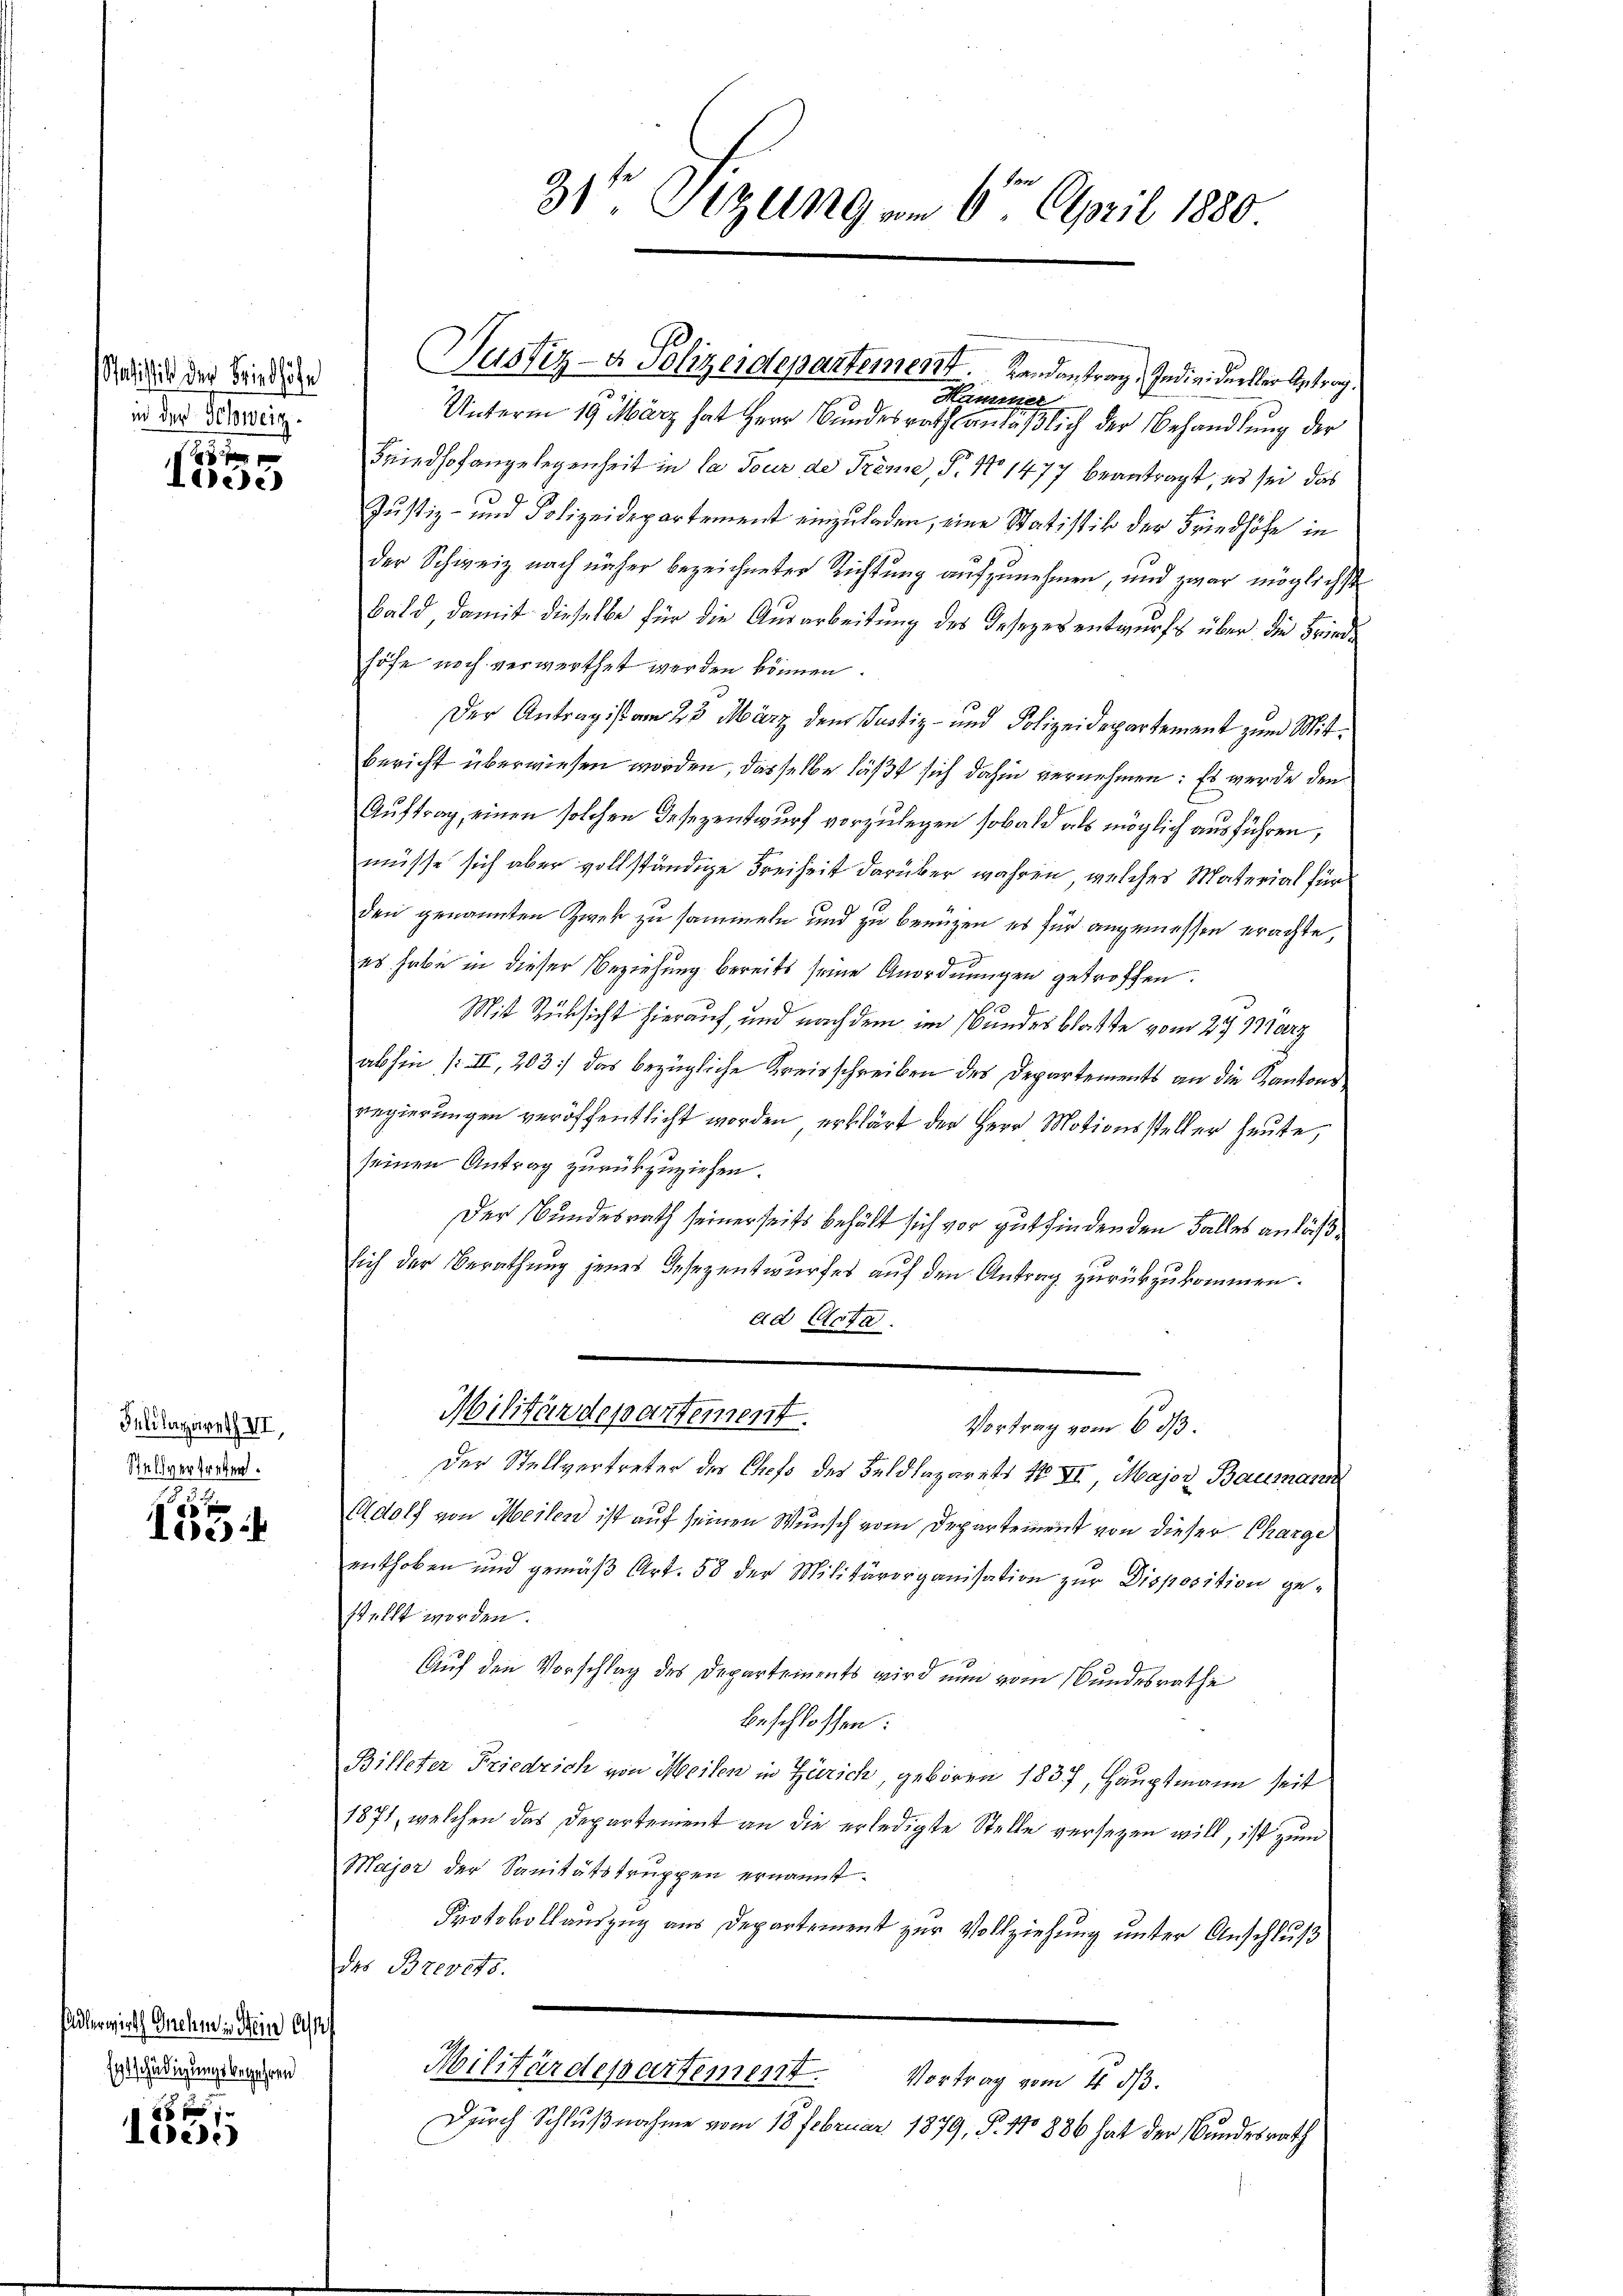
oistik der Friedhöfe
in der Schweiz.

Idee

Felilazareth III.
Stellvertreten.

de
lock

Adlerwirth Gnehmen sein Ass
Entschädigungsbegehren

16 xx
loes.)

Hammer
Unterm 19. März hat Herr Bundesrath anläßlich der Behandlung der
Friedhofangelegenheit in la Tour de Frömie, S. 11477 beantragt, es sei das
Justiz- und Polizeidepartement einzuladen, eine Statistik der Friedhöfe in
der Schweiz nach näher bezeichneter Richtung aufzunehmen, und zwar möglichst
Bald damit dieselbe für die Ausarbeitung des Gesezesentwurfs über die Friede
höfe noch verwerthet werden können.
Der Antrag ist am 23. März dem Justiz- und Polizeidepartement zum Mitbericht überwiesen worden, dasselbe läßt sich dahin vernehmen: Es werde den
Auftrag, einen solchen Gesezentwurf vorzulegen sobald als möglich ausführen,
müsse sich aber vollständige Freiheit darüber wahren, welches Material für
den genannten Zwek zu sammeln und zu benuzen es für angemessen erachte,
es habe in dieser Beziehung bereits seine Anordnungen getroffen.
Mit Rücksicht hierauf, und nach dem im Bundesblatte vom 27. März
abhin (II, 203] das bezügliche Kreisschreiben des Departements an die Kantons
regierungen veröffentlicht worden erklärt der Herr Motionssteller heute,
seinen Antrag zurückzuziehen.
Der Bundesrath seinerseits behält sich vor gutfindenden Falles anläßsich der Berathung jenes Gesezentwurfes auf den Antrag zurückzukommen.
ad Acta.
Militärdepartement.
Vortrag vom 6. ds.
Der Stellvertreter des Chefs des Feldlazarets No VI, Major Baumann
Adolf von Meilen ist auf seinen Wunsch vom Departement von dieser Charge
enthoben und gemäβ Art. 58 der Militärorganisation zur Disposition gestellt werden.
Auf den Vorschlag des Departements wird nun vom Bundesrathe
beschlossen:
Billeter Friedrich von Meilen in Zürich, geboren 1837, Hauptmann seit
1871, welchen das Departement an die erledigte Stelle versetzen will, ist zum
Major der Sanitätstruppen ernannt.
Protokollauszug aus Departement zur Vollziehung unter Anschluß
das Brevets.
Militärdepartement.
Vortrag vom 4 1/3.
Durch Schlußnahme vom 18 Februar 1879, P. No 886 hat der Bundesrath

31te Sitzung am 6ten April 1880

Justiz- & Polizeidepartement. Landantrag, Individueller Antrag.